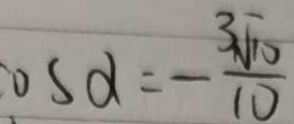
o s d = - \frac { 3 \sqrt { 1 0 } } { 1 0 }